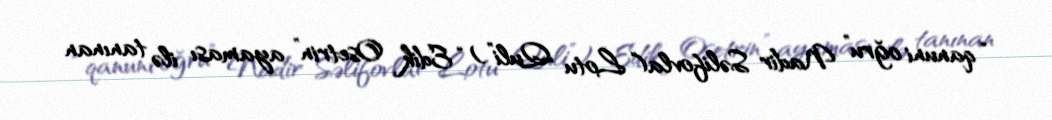
“qanuni oğru” Nadir Səlifovla(“Lotu Quli”) “Edik Osetrin” ayaması ilə tanınan